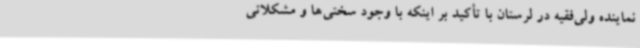
نماینده ولی‌فقیه در لرستان با تأکید بر اینکه با وجود سختی‌ها و مشکلاتی